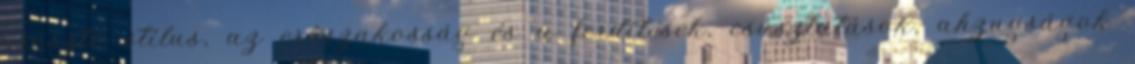
prosztó stílus, az erőszakosság és a ferdítések, csúsztatások, ahzugságok